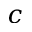
c